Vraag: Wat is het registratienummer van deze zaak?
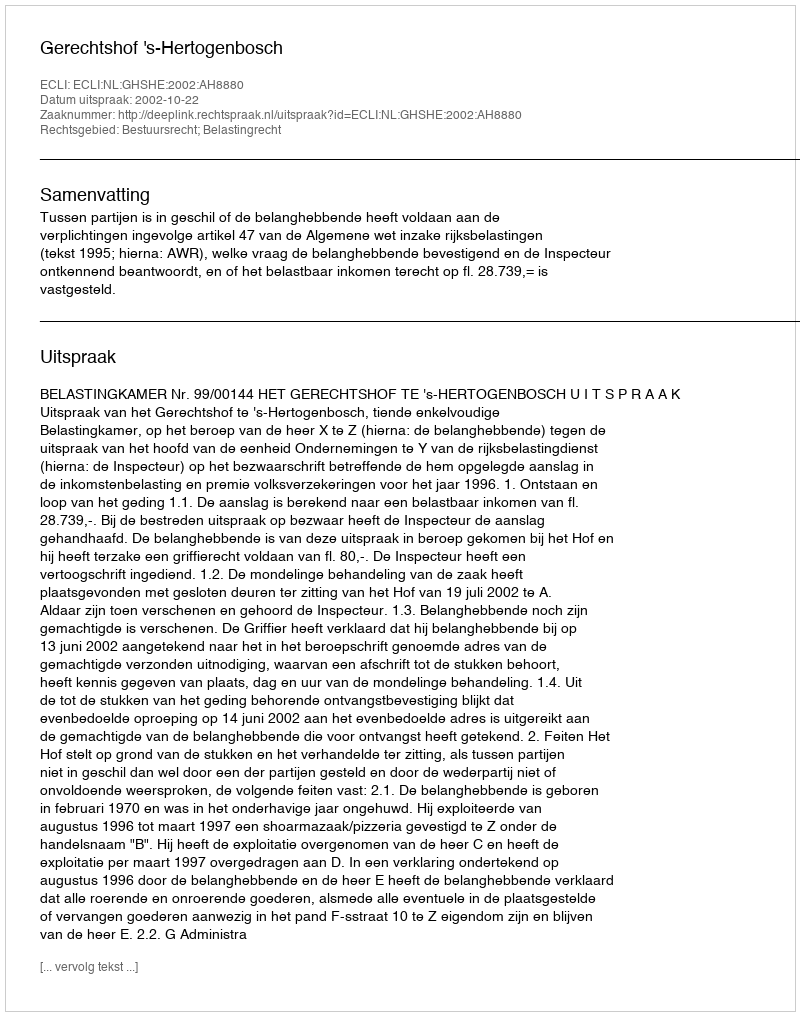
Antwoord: http://deeplink.rechtspraak.nl/uitspraak?id=ECLI:NL:GHSHE:2002:AH8880